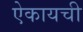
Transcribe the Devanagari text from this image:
ऐकायची